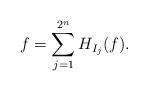
LaTeX: \begin{align*} f = \sum_{j = 1}^{2^n} H_{I_j} (f). \end{align*}